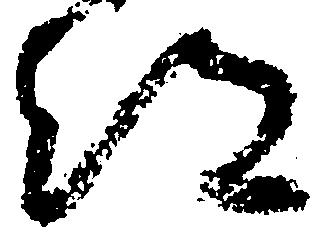
都